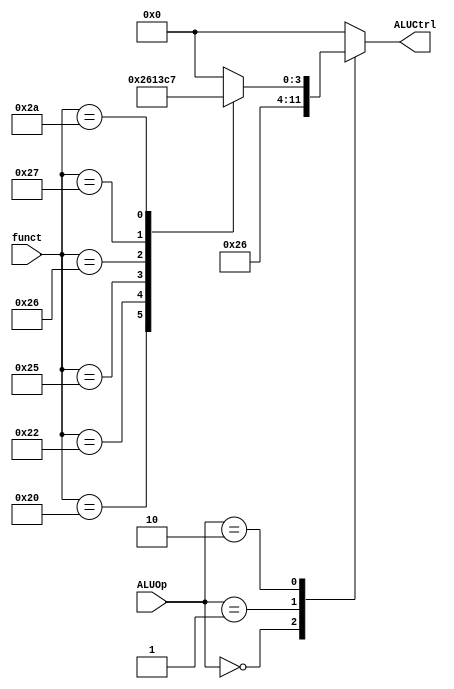
/*
UFRPE - Universidade Federal Rural de Pernambuco
DC - Bacharelado em Cincia da Computao
Arquitetura e Organizao de Computadores - 2022.2

Projeto 02 - Implementao de MIPS (subconjunto da ISA) em Verilog

Aluno(s): Arthur Macedo, Aildson Ferreira
*/

module ula_ctrl(
	input [2:0] ALUOp,			//	Sinal provido pela unidade de controle
	input [5:0] funct,			//	6 bits menos significativos da instruo
	output reg [3:0] ALUCtrl	// Operao a ser realizada na ALU 
);	

	always @(ALUOp, funct) begin
		case (ALUOp)		
			3'b000: ALUCtrl = 4'b0010; // Adio
			3'b001: ALUCtrl = 4'b0110; // subtrao
			
			3'b010: begin
				case (funct)
					6'b100000: ALUCtrl = 4'b0010;	//	add
					6'b100010: ALUCtrl = 4'b0110;	//	sub
					6'b100100: ALUCtrl = 4'b0000;	//	and
					6'b100101: ALUCtrl = 4'b0001;	//	or
					6'b100110: ALUCtrl = 4'b0011;	//	xor
					6'b100111: ALUCtrl = 4'b1100;	//	nor
					6'b101010: ALUCtrl = 4'b0111;	//	slt
					default: ALUCtrl = 4'b0000;
				endcase
			end
			
			default: ALUCtrl = 4'b0000;
		endcase
	end
endmodule